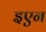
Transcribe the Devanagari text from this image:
इएन